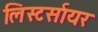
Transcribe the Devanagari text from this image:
लिस्टर्सायर